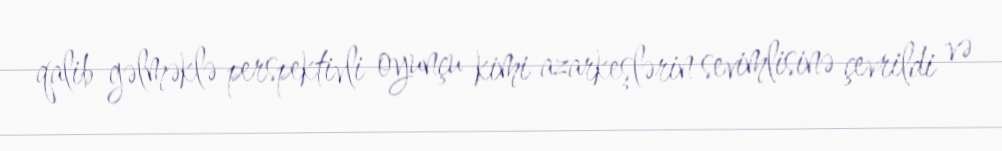
qalib gəlməklə perspektivli oyunçu kimi azarkeşlərin sevimlisinə çevrildi və